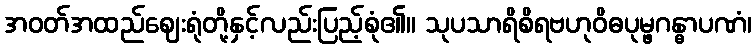
အဝတ်အထည်ဈေးရုံတို့နှင့်လည်းပြည့်စုံ၏။ သုပသာရိစိရဗဟုဝိဓပုမ္ဖဂန္ဓာပဏံ၊